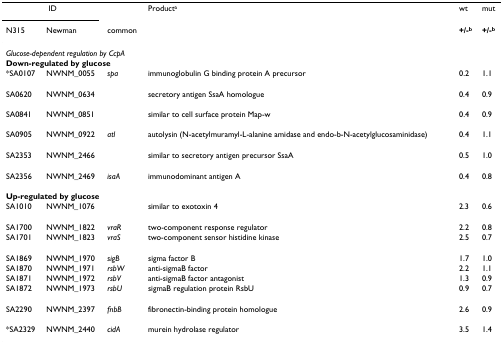
<table><thead><tr><td colspan="2"><b>ID</b></td><td></td><td><b>Product<sup>a</sup></b></td><td><b>wt</b></td><td><b>mut</b></td></tr><tr><td><b>N315</b></td><td><b>Newman</b></td><td><b>common</b></td><td></td><td><b>+/-<sup>b</sup></b></td><td><b>+/-<sup>b</sup></b></td></tr></thead><tbody><tr><td colspan="6"><i>Glucose-dependent regulation by CcpA</i></td></tr><tr><td colspan="6"><b>Down-regulated by glucose</b></td></tr><tr><td>*SA0107</td><td>NWNM_0055</td><td><i>spa</i></td><td>immunoglobulin G binding protein A precursor</td><td>0.2</td><td>1.1</td></tr><tr><td>SA0620</td><td>NWNM_0634</td><td></td><td>secretory antigen SsaA homologue</td><td>0.4</td><td>0.9</td></tr><tr><td>SA0841</td><td>NWNM_0851</td><td></td><td>similar to cell surface protein Map-w</td><td>0.4</td><td>0.9</td></tr><tr><td>SA0905</td><td>NWNM_0922</td><td><i>atl</i></td><td>autolysin (N-acetylmuramyl-L-alanine amidase and endo-b-N-acetylglucosaminidase)</td><td>0.4</td><td>1.1</td></tr><tr><td>SA2353</td><td>NWNM_2466</td><td></td><td>similar to secretory antigen precursor SsaA</td><td>0.5</td><td>1.0</td></tr><tr><td>SA2356</td><td>NWNM_2469</td><td><i>isaA</i></td><td>immunodominant antigen A</td><td>0.4</td><td>0.8</td></tr><tr><td colspan="6"><b>Up-regulated by glucose</b></td></tr><tr><td>SA1010</td><td>NWNM_1076</td><td></td><td>similar to exotoxin 4</td><td>2.3</td><td>0.6</td></tr><tr><td>SA1700</td><td>NWNM_1822</td><td><i>vraR</i></td><td>two-component response regulator</td><td>2.2</td><td>0.8</td></tr><tr><td>SA1701</td><td>NWNM_1823</td><td><i>vraS</i></td><td>two-component sensor histidine kinase</td><td>2.5</td><td>0.7</td></tr><tr><td>SA1869</td><td>NWNM_1970</td><td><i>sigB</i></td><td>sigma factor B</td><td>1.7</td><td>1.0</td></tr><tr><td>SA1870</td><td>NWNM_1971</td><td><i>rsbW</i></td><td>anti-sigmaB factor</td><td>2.2</td><td>1.1</td></tr><tr><td>SA1871</td><td>NWNM_1972</td><td><i>rsbV</i></td><td>anti-sigmaB factor antagonist</td><td>1.3</td><td>0.9</td></tr><tr><td>SA1872</td><td>NWNM_1973</td><td><i>rsbU</i></td><td>sigmaB regulation protein RsbU</td><td>0.9</td><td>0.7</td></tr><tr><td>SA2290</td><td>NWNM_2397</td><td><i>fnbB</i></td><td>fibronectin-binding protein homologue</td><td>2.6</td><td>0.9</td></tr><tr><td>*SA2329</td><td>NWNM_2440</td><td><i>cidA</i></td><td>murein hydrolase regulator</td><td>3.5</td><td>1.4</td></tr></tbody></table>